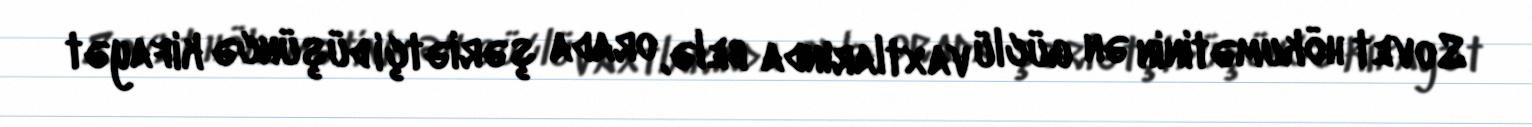
Sovet hökumətinin ən güclü vaxtlarında belə, orada şəriətçi düşüncə kifayət